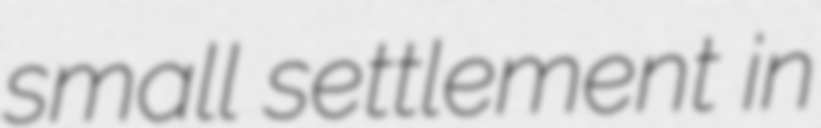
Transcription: small settlement in